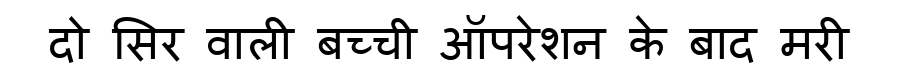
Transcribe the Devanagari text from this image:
दो सिर वाली बच्ची ऑपरेशन के बाद मरी